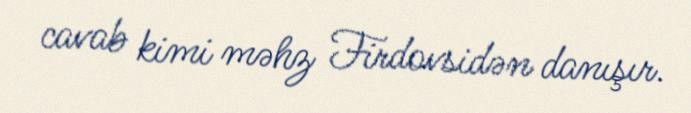
cavab kimi məhz Firdovsidən danışır.